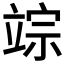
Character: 𥪗